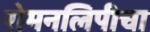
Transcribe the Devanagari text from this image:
रोमनलिपीचा